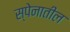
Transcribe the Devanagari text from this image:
स्पेनातील